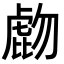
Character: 𧇂